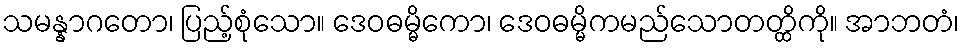
သမန္နာဂတော၊ ပြည့်စုံသော။ ဒေဝဓမ္မိကော၊ ဒေဝဓမ္မိကမည်သောတတ္ထိကို။ အာဘတံ၊